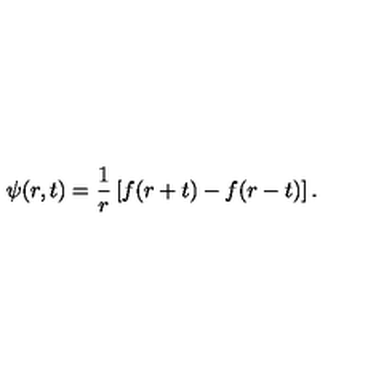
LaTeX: \psi ( r , t ) = { \frac { 1 } { r } } \left[ f ( r + t ) - f ( r - t ) \right] .